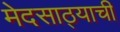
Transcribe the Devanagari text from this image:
मेदसाठ्याची